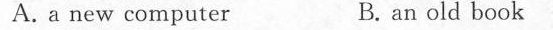
A. a new computer B. an old book